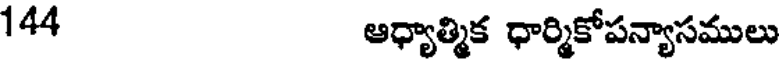
144 ఆధ్యాత్మిక ధార్మికోపన్యాసములు